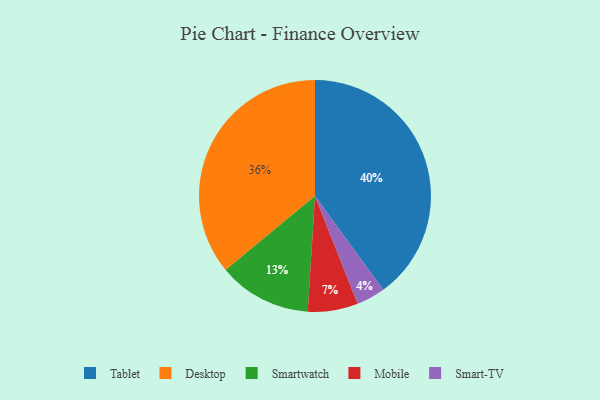
{"axis": {"x": "Category", "y": "Percentage"}, "legend": ["Desktop", "Mobile", "Smart-TV", "Smartwatch", "Tablet"], "data": [{"x": "Mobile", "y": 7, "type": "Mobile"}, {"x": "Tablet", "y": 40, "type": "Tablet"}, {"x": "Desktop", "y": 36, "type": "Desktop"}, {"x": "Smartwatch", "y": 13, "type": "Smartwatch"}, {"x": "Smart-TV", "y": 4, "type": "Smart-TV"}]}